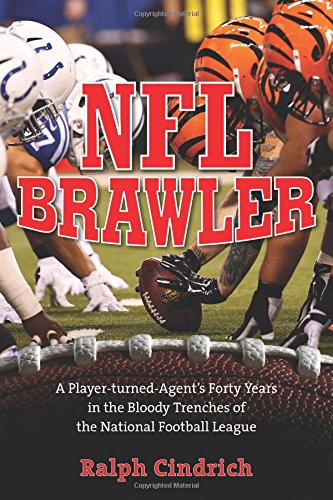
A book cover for NFL Brawler: A Player-Turned-Agent's Forty Years in the Bloody Trenches of the National Football League; Ralph Cindrich; Business & Money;